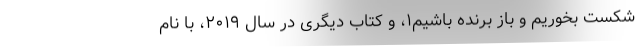
شکست بخوریم و باز برنده باشیم۱، و کتاب دیگری در سال ۲۰۱۹، با نامِ